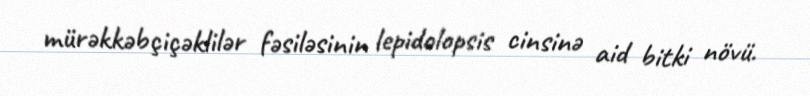
mürəkkəbçiçəklilər fəsiləsinin lepidolopsis cinsinə aid bitki növü.